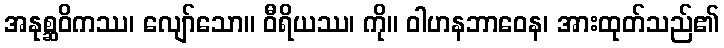
အနုစ္ဆဝိကဿ၊ လျော်သော။ ဝီရိယဿ၊ ကို။ ဝါဟနဘာဝေန၊ အားထုတ်သည်၏